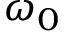
\omega _ { 0 }